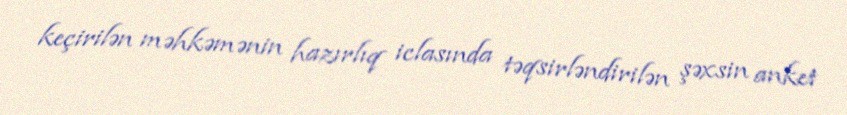
keçirilən məhkəmənin hazırlıq iclasında təqsirləndirilən şəxsin anket